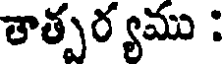
తాత్పర్యము :